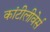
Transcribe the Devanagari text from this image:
कांटीलीवेर्स